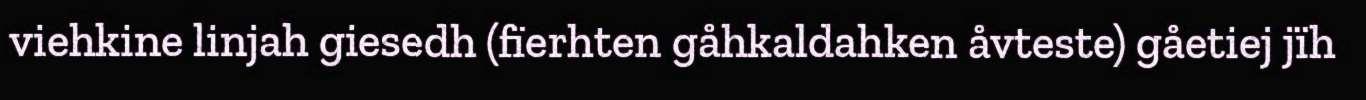
viehkine linjah giesedh (fïerhten gåhkaldahken åvteste) gåetiej jïh